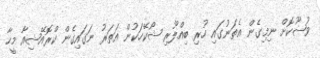
ވުޟޫކޮށް ނިމިގެން އެތަނުގައި ހުރި ބިއްލޫރި ޝޯކޭހަކުން އަތަރު ނަގައިގެން ކްރޮއޭޝިއާ މީހާ